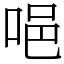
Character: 唈